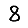
Digit: 8